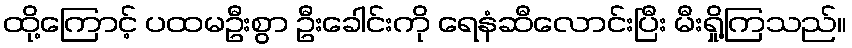
ထို့ကြောင့် ပထမဦးစွာ ဦးခေါင်းကို ရေနံဆီလောင်းပြီး မီးရှို့ကြသည်။